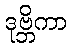
ဒုဗ္ဘိကာ